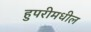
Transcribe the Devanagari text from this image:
हुपरीमधील